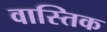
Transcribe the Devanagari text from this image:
वास्तिक